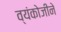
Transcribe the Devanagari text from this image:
व्यंकोजीने